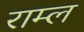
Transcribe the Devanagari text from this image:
राम्ल